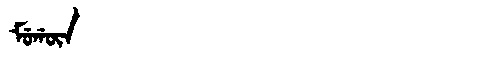
Manchu: ᠮᡠᡤᡡᠨ
Romanization: MUGŪN